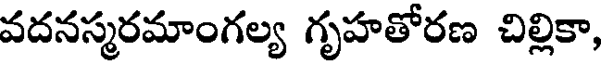
వదనస్మరమాంగల్య గృహతోరణ చిల్లికా,